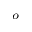
^ o